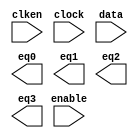
// megafunction wizard: %LPM_DECODE%VBB%
// GENERATION: STANDARD
// VERSION: WM1.0
// MODULE: lpm_decode 

// ============================================================
// Megafunction Name(s):
// 			lpm_decode
//
// Simulation Library Files(s):
// 			lpm
// ============================================================
// ************************************************************
// THIS IS A WIZARD-GENERATED FILE. DO NOT EDIT THIS FILE!
//
// 9.0 Build 132 02/25/2009 SJ Full Version
// ************************************************************

//Copyright (C) 1991-2009 Altera Corporation
//Your use of Altera Corporation's design tools, logic functions 
//and other software and tools, and its AMPP partner logic 
//functions, and any output files from any of the foregoing 
//(including device programming or simulation files), and any 
//associated documentation or information are expressly subject 
//to the terms and conditions of the Altera Program License 
//Subscription Agreement, Altera MegaCore Function License 
//Agreement, or other applicable license agreement, including, 
//without limitation, that your use is for the sole purpose of 
//programming logic devices manufactured by Altera and sold by 
//Altera or its authorized distributors.  Please refer to the 
//applicable agreement for further details.

module Decode24 (
	clken,
	clock,
	data,
	enable,
	eq0,
	eq1,
	eq2,
	eq3);

	input	  clken;
	input	  clock;
	input	[1:0]  data;
	input	  enable;
	output	  eq0;
	output	  eq1;
	output	  eq2;
	output	  eq3;

endmodule

// ============================================================
// CNX file retrieval info
// ============================================================
// Retrieval info: PRIVATE: BaseDec NUMERIC "1"
// Retrieval info: PRIVATE: EnableInput NUMERIC "1"
// Retrieval info: PRIVATE: INTENDED_DEVICE_FAMILY STRING "Cyclone III"
// Retrieval info: PRIVATE: LPM_PIPELINE NUMERIC "1"
// Retrieval info: PRIVATE: Latency NUMERIC "1"
// Retrieval info: PRIVATE: SYNTH_WRAPPER_GEN_POSTFIX STRING "0"
// Retrieval info: PRIVATE: aclr NUMERIC "0"
// Retrieval info: PRIVATE: clken NUMERIC "1"
// Retrieval info: PRIVATE: eq0 NUMERIC "1"
// Retrieval info: PRIVATE: eq1 NUMERIC "1"
// Retrieval info: PRIVATE: eq2 NUMERIC "1"
// Retrieval info: PRIVATE: eq3 NUMERIC "1"
// Retrieval info: PRIVATE: nBit NUMERIC "2"
// Retrieval info: CONSTANT: LPM_DECODES NUMERIC "4"
// Retrieval info: CONSTANT: LPM_PIPELINE NUMERIC "1"
// Retrieval info: CONSTANT: LPM_TYPE STRING "LPM_DECODE"
// Retrieval info: CONSTANT: LPM_WIDTH NUMERIC "2"
// Retrieval info: USED_PORT: @eq 0 0 LPM_DECODES 0 OUTPUT NODEFVAL @eq[LPM_DECODES-1..0]
// Retrieval info: USED_PORT: clken 0 0 0 0 INPUT NODEFVAL clken
// Retrieval info: USED_PORT: clock 0 0 0 0 INPUT NODEFVAL clock
// Retrieval info: USED_PORT: data 0 0 2 0 INPUT NODEFVAL data[1..0]
// Retrieval info: USED_PORT: enable 0 0 0 0 INPUT NODEFVAL enable
// Retrieval info: USED_PORT: eq0 0 0 0 0 OUTPUT NODEFVAL eq0
// Retrieval info: USED_PORT: eq1 0 0 0 0 OUTPUT NODEFVAL eq1
// Retrieval info: USED_PORT: eq2 0 0 0 0 OUTPUT NODEFVAL eq2
// Retrieval info: USED_PORT: eq3 0 0 0 0 OUTPUT NODEFVAL eq3
// Retrieval info: CONNECT: @data 0 0 2 0 data 0 0 2 0
// Retrieval info: CONNECT: @enable 0 0 0 0 enable 0 0 0 0
// Retrieval info: CONNECT: eq0 0 0 0 0 @eq 0 0 1 0
// Retrieval info: CONNECT: eq1 0 0 0 0 @eq 0 0 1 1
// Retrieval info: CONNECT: eq2 0 0 0 0 @eq 0 0 1 2
// Retrieval info: CONNECT: eq3 0 0 0 0 @eq 0 0 1 3
// Retrieval info: CONNECT: @clock 0 0 0 0 clock 0 0 0 0
// Retrieval info: CONNECT: @clken 0 0 0 0 clken 0 0 0 0
// Retrieval info: LIBRARY: lpm lpm.lpm_components.all
// Retrieval info: GEN_FILE: TYPE_NORMAL Decode24.v TRUE
// Retrieval info: GEN_FILE: TYPE_NORMAL Decode24.inc TRUE
// Retrieval info: GEN_FILE: TYPE_NORMAL Decode24.cmp TRUE
// Retrieval info: GEN_FILE: TYPE_NORMAL Decode24.bsf TRUE FALSE
// Retrieval info: GEN_FILE: TYPE_NORMAL Decode24_inst.v TRUE
// Retrieval info: GEN_FILE: TYPE_NORMAL Decode24_bb.v TRUE
// Retrieval info: LIB_FILE: lpm